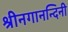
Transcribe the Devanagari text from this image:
श्रीनगानन्दिनी